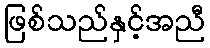
ဖြစ်သည်နှင့်အညီ